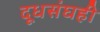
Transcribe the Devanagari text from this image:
दूधसंघही